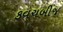
કવચબીજ